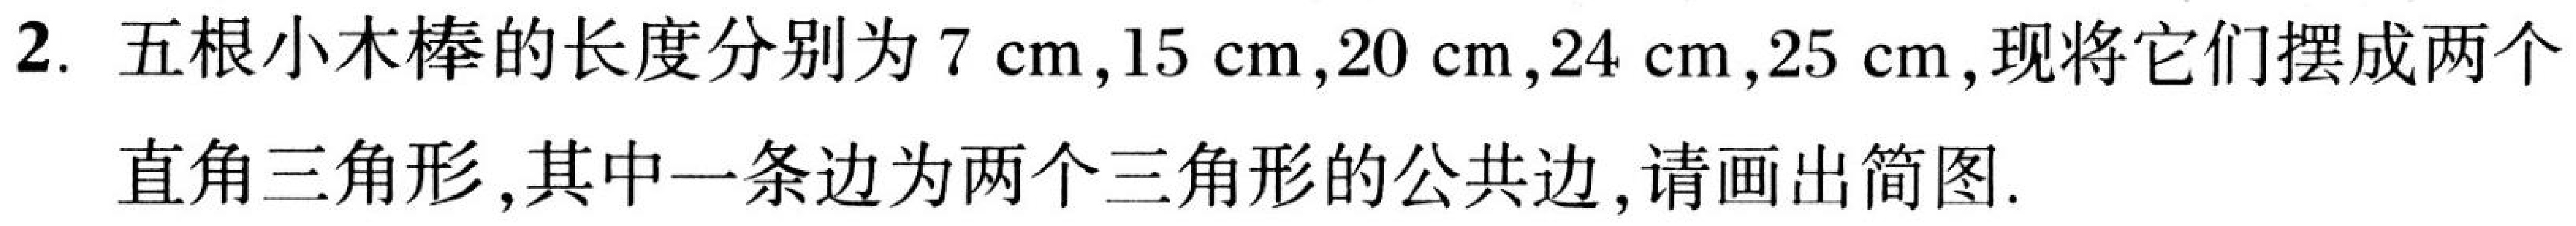
2. 五根小木棒的长度分别为\(7\mathrm{cm},15\mathrm{cm},20\mathrm{cm},24\mathrm{cm},25\mathrm{cm}\),现将它们摆成两个
直角三角形,其中一条边为两个三角形的公共边,请画出简图.